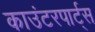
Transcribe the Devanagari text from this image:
काउंटरपार्ट्स